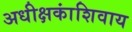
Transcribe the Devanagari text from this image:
अधीक्षकांशिवाय